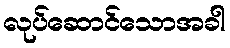
လုပ်ဆောင်သောအခါ